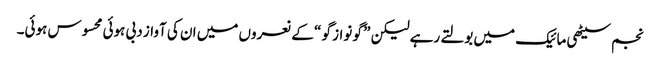
نجم سیٹھی مائیک میں بولتے رہے لیکن ” گو نواز گو “ کے نعروں میں ان کی آواز دبی ہوئی محسوس ہوئی۔